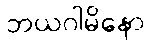
ဘယဂါမိနော